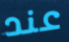
عند